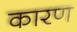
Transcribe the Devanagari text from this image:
कारण्‍ा